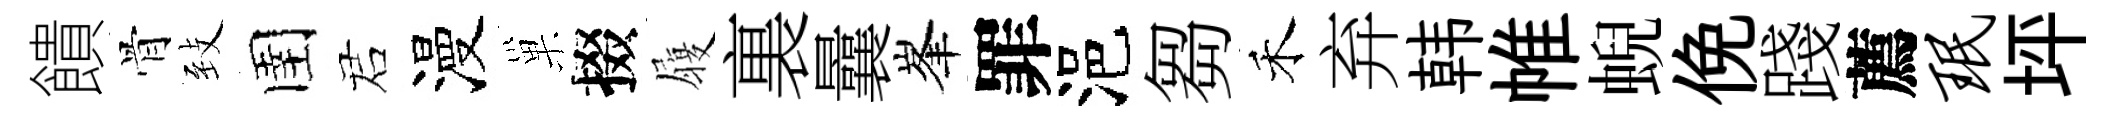
饋骨𦤺圉诺漫巢掇履裏曩峯罪浥芻禾弃韩帷蜺俛踐薦珉坪